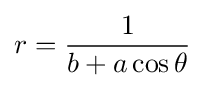
r={1 \over {b+a\cos \theta }}